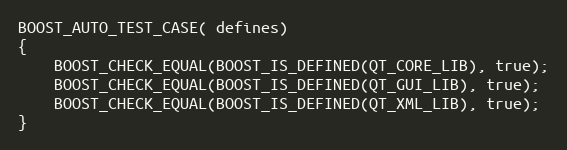
Language: C++
BOOST_AUTO_TEST_CASE( defines)
{
    BOOST_CHECK_EQUAL(BOOST_IS_DEFINED(QT_CORE_LIB), true);
    BOOST_CHECK_EQUAL(BOOST_IS_DEFINED(QT_GUI_LIB), true);
    BOOST_CHECK_EQUAL(BOOST_IS_DEFINED(QT_XML_LIB), true);
}